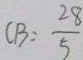
C B = \frac { 2 8 } { 5 }